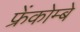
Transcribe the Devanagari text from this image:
फ्रेंकोम्बे